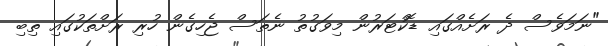
"ނަމަވެސް ދެ ރަށެއްގައި ޑޮކްޓަރުން މިވަގުތު ނެތަސް ޖެހިގެން ހުރި ރަށްތަކުގައި ތިބި